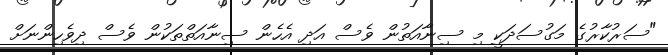
"ސަރުކާރުގެ މަގުސަދަކީ މި ސިނާއަތުން ވެސް އަދި އެހެން ސިނާއަތްތަކުން ވެސް ދިވެހިންނަށް